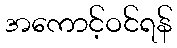
အကောင့်ဝင်ရန်